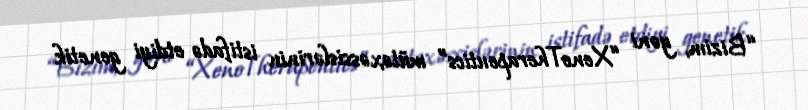
“Bizim, yəni “XenoTherapeutics” mütəxəssislərinin istifadə etdiyi genetik